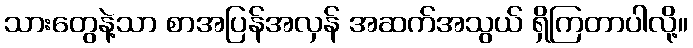
သားတွေနဲ့သာ စာအပြန်အလှန် အဆက်အသွယ် ရှိကြတာပါလို့။